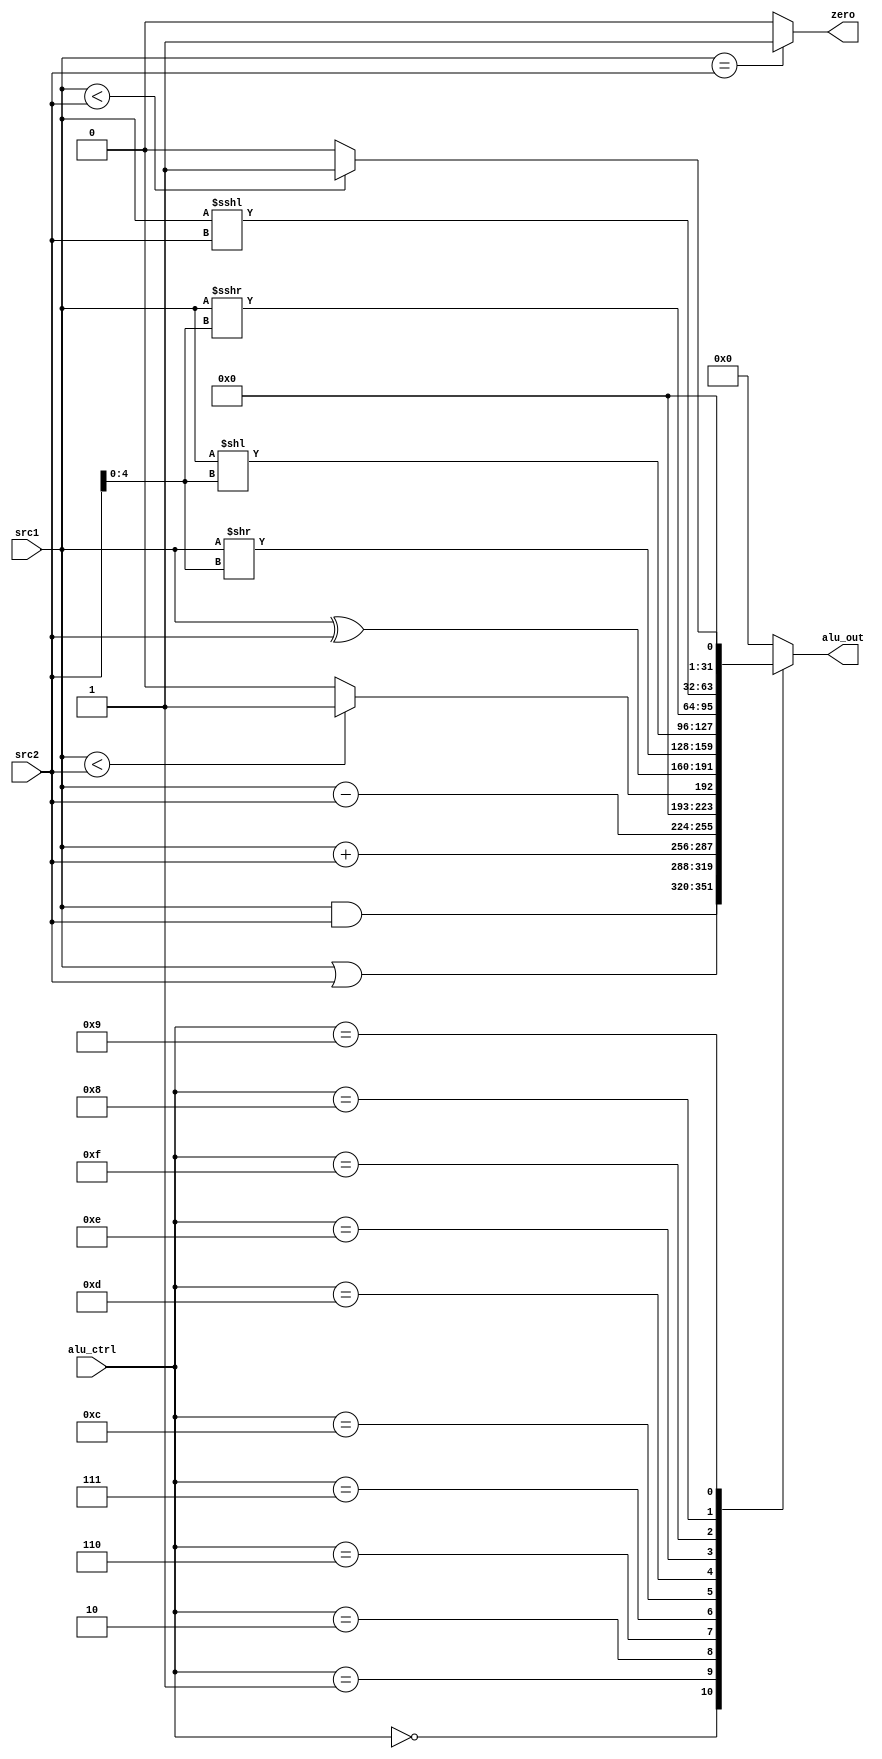
module BigALU(
	input [31:0]src1,
	input [31:0]src2,
	input [3:0]alu_ctrl,
	output reg zero,
	output reg [31:0]alu_out
);
	always@*begin
		case(alu_ctrl)
			4'b0000:alu_out=src1&src2;
			4'b0001:alu_out=src1|src2;	
			4'b0010:alu_out=src1+src2;
			4'b0110:alu_out=src1-src2;
			4'b0111:alu_out=$signed(src1)<$signed(src2)?32'b1:0;
			4'b1100:alu_out=src1^src2;
			4'b1101:alu_out=$unsigned(src1)>>$unsigned(src2[4:0]);
			4'b1110:alu_out=$unsigned(src1)<<$unsigned(src2[4:0]);
			4'b1111:alu_out=$signed(src1)>>>$unsigned(src2[4:0]);
			4'b1000:alu_out=$signed(src1)<<<$unsigned(src2);
			4'b1001:alu_out=$unsigned(src1)<$unsigned(src2)?32'b1:0;
			default:alu_out=0;
		endcase
		
		zero = src1==src2?1:0;

	end
endmodule